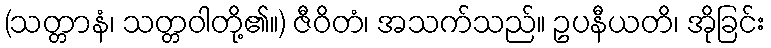
(သတ္တာနံ၊ သတ္တဝါတို့၏။) ဇီဝိတံ၊ အသက်သည်။ ဥပနီယတိ၊ အိုခြင်း